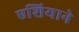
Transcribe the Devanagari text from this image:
एशियाने